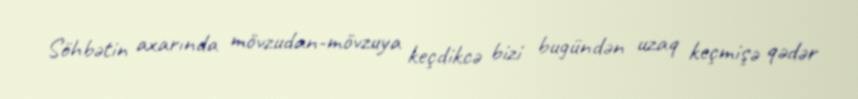
Söhbətin axarında mövzudan-mövzuya keçdikcə bizi bugündən uzaq keçmişə qədər